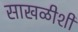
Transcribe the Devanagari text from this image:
साखळीशी